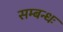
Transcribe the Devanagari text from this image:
सम्बन्धः